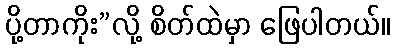
ပို့တာကိုး”လို့ စိတ်ထဲမှာ ဖြေပါတယ်။